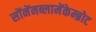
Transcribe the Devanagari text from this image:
सोंनेंनब्लामेंकेम्ब्रोट